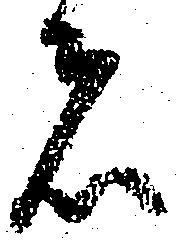
者